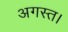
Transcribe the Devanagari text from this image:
अगस्त।